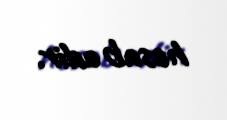
hesab edir.